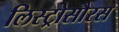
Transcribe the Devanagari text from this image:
लिस्ट्रोसौरस